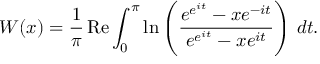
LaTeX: W ( x ) = { \frac { 1 } { \pi } } \operatorname { R e } \int _ { 0 } ^ { \pi } \ln \left( { \frac { e ^ { e ^ { i t } } - x e ^ { - i t } } { e ^ { e ^ { i t } } - x e ^ { i t } } } \right) \, d t .